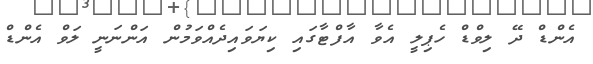
އެންޑް ދޭ ލިވްޑް ހެޕިލީ އެވާ އާފްޓާގައި ކިޔަވައިދެއްވަމުން އަންނަނީ ލަވް އެންޑް